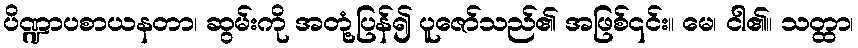
ပိဏ္ဍာပစာယနတာ၊ ဆွမ်းကို အတုံ့ပြန်၍ ပူဇော်သည်၏ အဖြစ်၎င်း။ မေ၊ ငါ၏။ သတ္ထာ၊